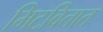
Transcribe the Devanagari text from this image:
मिटवितात